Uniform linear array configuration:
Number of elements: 48
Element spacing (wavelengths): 1
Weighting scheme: exponential
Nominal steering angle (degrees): -45
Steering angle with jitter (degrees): -45.141
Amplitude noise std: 0.05
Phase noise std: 0.05

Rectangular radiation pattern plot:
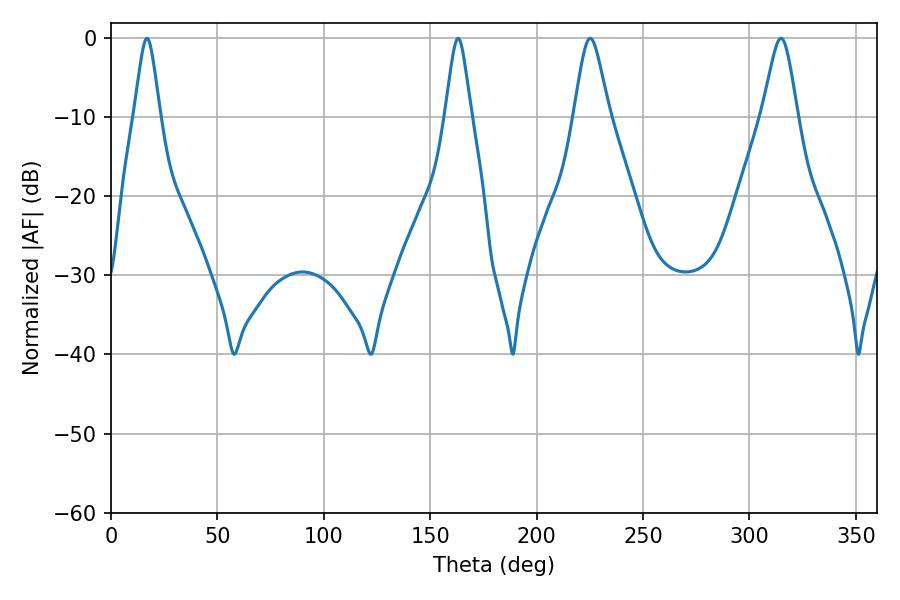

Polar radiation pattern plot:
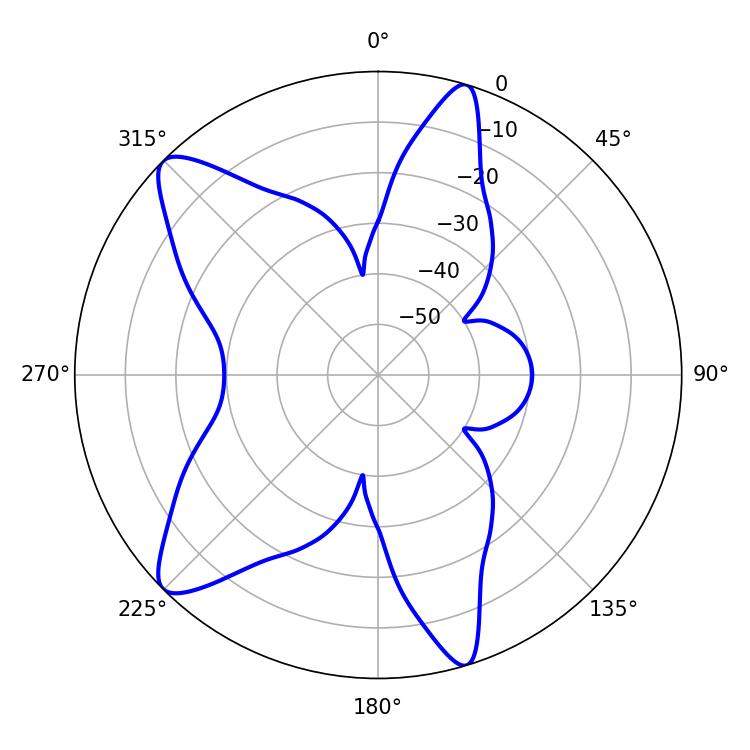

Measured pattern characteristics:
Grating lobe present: TRUE
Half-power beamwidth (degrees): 7.92
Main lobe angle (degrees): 225.18